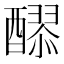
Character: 𮡄